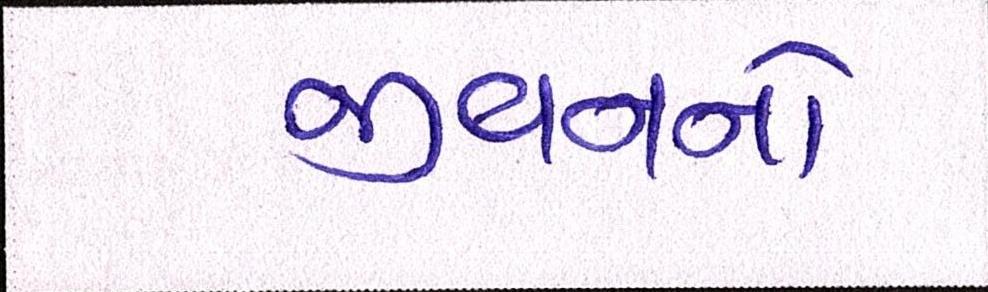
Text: જીવનનો